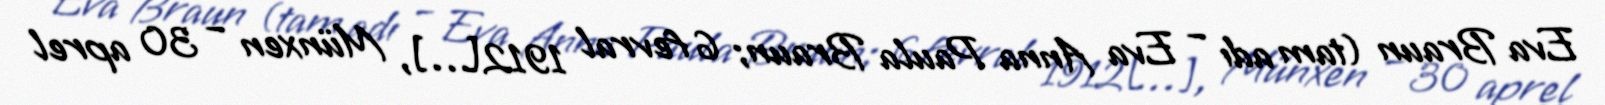
Eva Braun (tam adı – Eva Anna Paula Braun; 6 fevral 1912[…], Münxen – 30 aprel